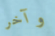
وآخر